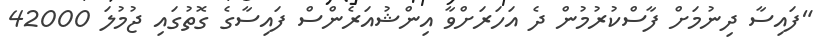
"ފައިސާ ދިނުމަށް ފާސްކުރުމުން ދެ އަހަރަށްވާ އިންޝުއަރެންސް ފައިސާގެ ގޮތުގައި ޖުމުލަ 42000